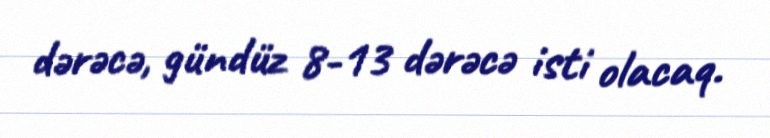
dərəcə, gündüz 8-13 dərəcə isti olacaq.